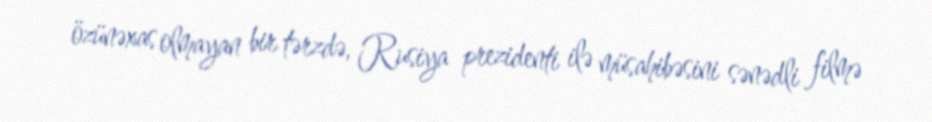
özünəxas olmayan bir tərzdə, Rusiya prezidenti ilə müsahibəsini sənədli filmə